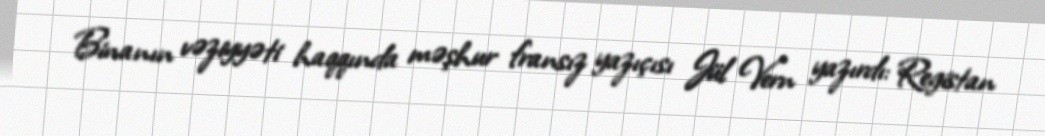
Binanın vəziyyəti haqqında məşhur fransız yazıçısı Jül Vern yazırdı: Registan